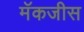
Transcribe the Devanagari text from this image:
मॅकजीस